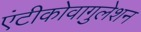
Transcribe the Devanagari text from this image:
एंटीकोवागुलेशन